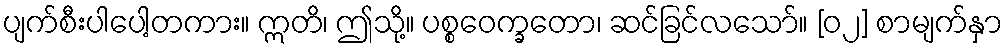
ပျက်စီးပါပေါ့တကား။ ဣတိ၊ ဤသို့။ ပစ္စဝေက္ခတော၊ ဆင်ခြင်လသော်။ [၀၂] စာမျက်နှာ